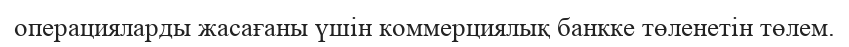
операцияларды жасағаны үшін коммерциялық банкке төленетін төлем.